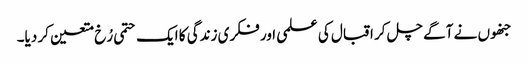
جنھوں نے آگے چل کر اقبال کی علمی اور فکری زندگی کا ایک حتمی رُخ متعین کر دیا۔